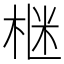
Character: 𪲛